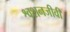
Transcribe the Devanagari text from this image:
श्वशनजीवी